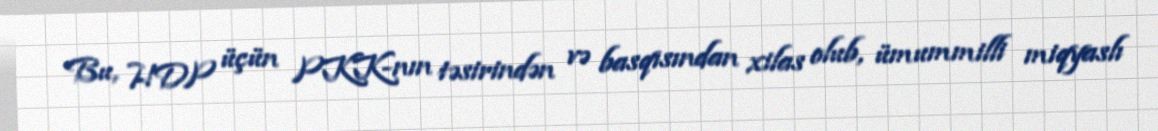
Bu, HDP üçün PKK-nın təsirindən və basqısından xilas olub, ümummilli miqyaslı